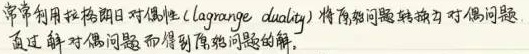
常常利用拉格朗日对偶性（lagrange duality）将原问题转换为对偶问题，通过解对偶问题而得到原问题的解。